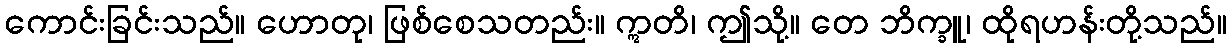
ကောင်းခြင်းသည်။ ဟောတု၊ ဖြစ်စေသတည်း။ ဣတိ၊ ဤသို့။ တေ ဘိက္ခူ၊ ထိုရဟန်းတို့သည်။